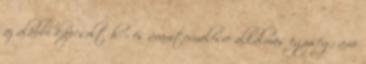
az alábbi kapcsolt hő- és áramtermelésre alkalmas egység, ami